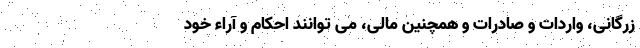
زرگانی، واردات و صادرات و همچنین مالی، می توانند احکام و آراء خود